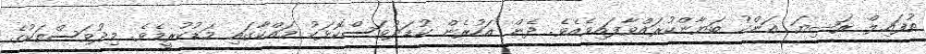
ޠުފައިލް ރަޟިޔަ ޢަންހު ބަޔާންކުރައްވާފައިވެއެވެ. ދެން އަހުރެން ކުޑަދުވަސްކޮޅަކު މައްކާގައި މަޑުކުރީމެވެ. މިދުވަސްތަކުގެ